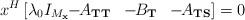
LaTeX: \begin{align*}x^{H}\left[\lambda_{0}I_{M_{{\rm\bf x}}}\!\!-\!\!A_{\rm\bf TT}\;\;-\!\!B_{\rm\bf T}\;\; -\!\!A_{\rm\bf TS}\right]=0\end{align*}